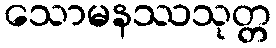
သောမနဿသုတ္တ